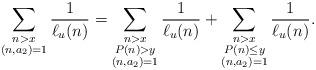
LaTeX: \begin{align*}\sum_{\substack{n>x \\ (n,a_2)=1}}\frac{1}{\ell_u(n)}=\sum_{\substack{n>x\\ P(n)>y\\ (n,a_2)=1}}\frac{1}{\ell_u(n)}+\sum_{\substack{n>x\\ P(n)\leq y\\ (n,a_2)=1}}\frac{1}{\ell_u(n)}.\end{align*}